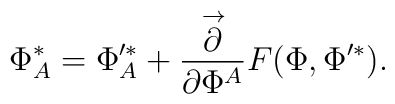
\Phi_A^* = \Phi'^*_A + \frac{\stackrel{\rightarrow}{\partial}}{\partial\Phi^A} F(\Phi,\Phi'^*).